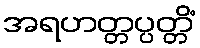
အရဟတ္တပ္ပတ္တိံ